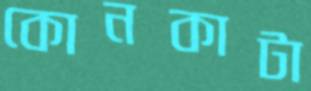
কোনকাটা